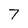
Character: 7